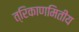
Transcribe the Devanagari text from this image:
त्रिकाणमितीय